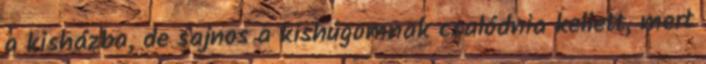
a kisházba, de sajnos a kishúgomnak csalódnia kellett, mert